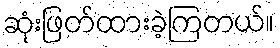
ဆုံးဖြတ်ထားခဲ့ကြတယ်။